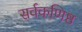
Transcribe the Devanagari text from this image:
सर्वकणिष्ठ